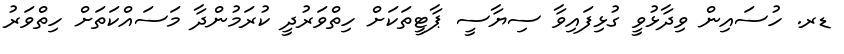
ޑރ. ހުސައިން ވިދާޅުވީ ގުޅިފައިވާ ސިޔާސީ ޕާޓީތަކަށް ހިތްވަރުދީ ކުރަމުންދާ މަސައްކަތަށް ހިތްވަރު